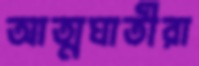
আত্মঘাতীরা